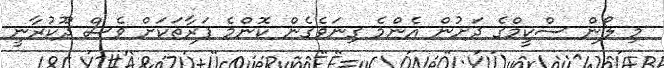
މި ލޯން ސްކީމްގެ ދަށުން އެންމެ ގިނަވެގެން ކޮންމެ ފަރާތަކަށް ވެސް ދޫކުރާނީ